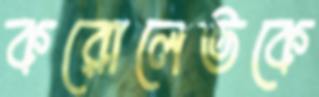
করোলেভকে